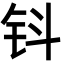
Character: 钭